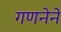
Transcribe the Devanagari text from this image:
गणनेने